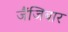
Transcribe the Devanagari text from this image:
जैंजिबार